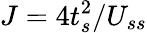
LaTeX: J=4t_{s}^{2}/U_{ss}